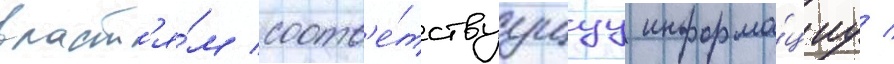
власт'я́м соотв'е́тствуущуу информа́циу /